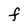
Character: F